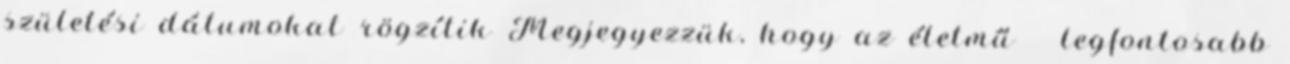
születési dátumokat rögzítik Megjegyezzük, hogy az életmű legfontosabb